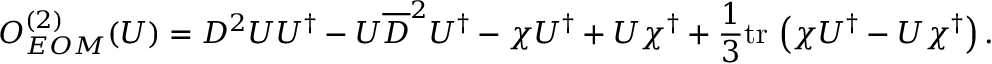
{ \cal O } _ { E O M } ^ { ( 2 ) } ( U ) = D ^ { 2 } U U ^ { \dagger } - U \overline { { { D } } } ^ { 2 } U ^ { \dagger } - \chi U ^ { \dagger } + U \chi ^ { \dagger } + \frac { 1 } { 3 } \mathrm { t r } \, \left( \chi U ^ { \dagger } - U \chi ^ { \dagger } \right) .